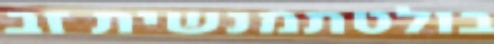
בולטתמנשית זב